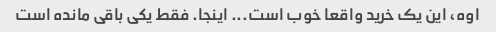
اوه، این یک خرید واقعا خوب است... اینجا. فقط یکی باقی مانده است